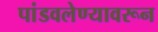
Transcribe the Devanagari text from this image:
पांडवलेण्यावरून